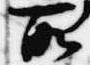
所